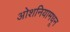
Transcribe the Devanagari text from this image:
ओशनियामधून